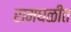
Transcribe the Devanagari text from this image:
रामघळीत